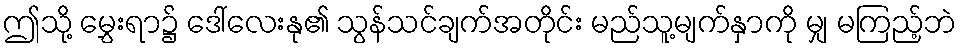
ဤသို့ မွှေးရာ၌ ဒေါ်လေးနု၏ သွန်သင်ချက်အတိုင်း မည်သူ့မျက်နှာကို မျှ မကြည့်ဘဲ